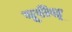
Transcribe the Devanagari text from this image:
यूरीस्